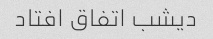
دیشب اتفاق افتاد